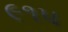
૯૧૫